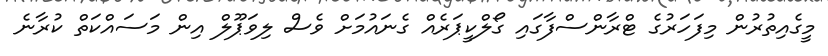
މީގެއިތުރުން މިފަހަރުގެ ޓްރާންސްފާގައި ގޯލްކީޕަރެއް ގެނައުމަށް ވެސް ލިވަޕޫލް އިން މަސައްކަތް ކުރާނެ